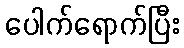
ပေါက်ရောက်ပြီး